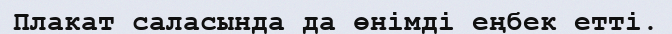
Плакат саласында да өнімді еңбек етті.